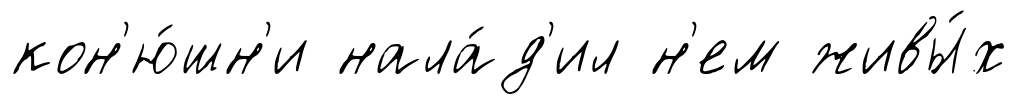
кон'ю́шн'и нала́д'ил н'ем живы́х